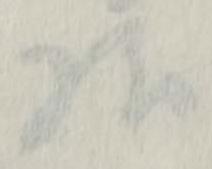
様